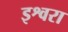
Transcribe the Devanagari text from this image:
इश्वरा